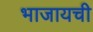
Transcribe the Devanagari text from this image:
भाजायची